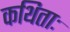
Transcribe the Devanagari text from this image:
कथिताः